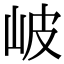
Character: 岥